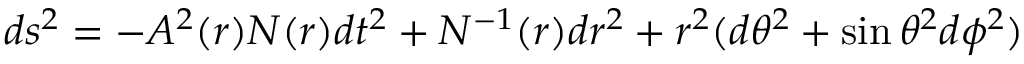
d s ^ { 2 } = - A ^ { 2 } ( r ) N ( r ) d t ^ { 2 } + N ^ { - 1 } ( r ) d r ^ { 2 } + r ^ { 2 } ( d \theta ^ { 2 } + \sin \theta ^ { 2 } d \phi ^ { 2 } )